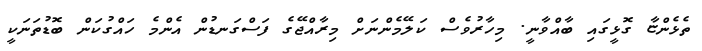
ތެޅެންޏާ ގޮޅީގައި ބާއްވާނީ. މިހާރުވެސް ކަލޭމެންނަށް މިރާއްޖޭގެ ފަސްގަނޑުން އެންމެ ހައްގުކަން ބޮޑުތަނަކީ